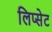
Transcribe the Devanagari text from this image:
लिप्सेट